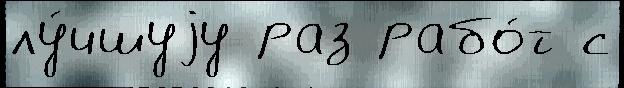
лу́чшуjу раз рабо́т с